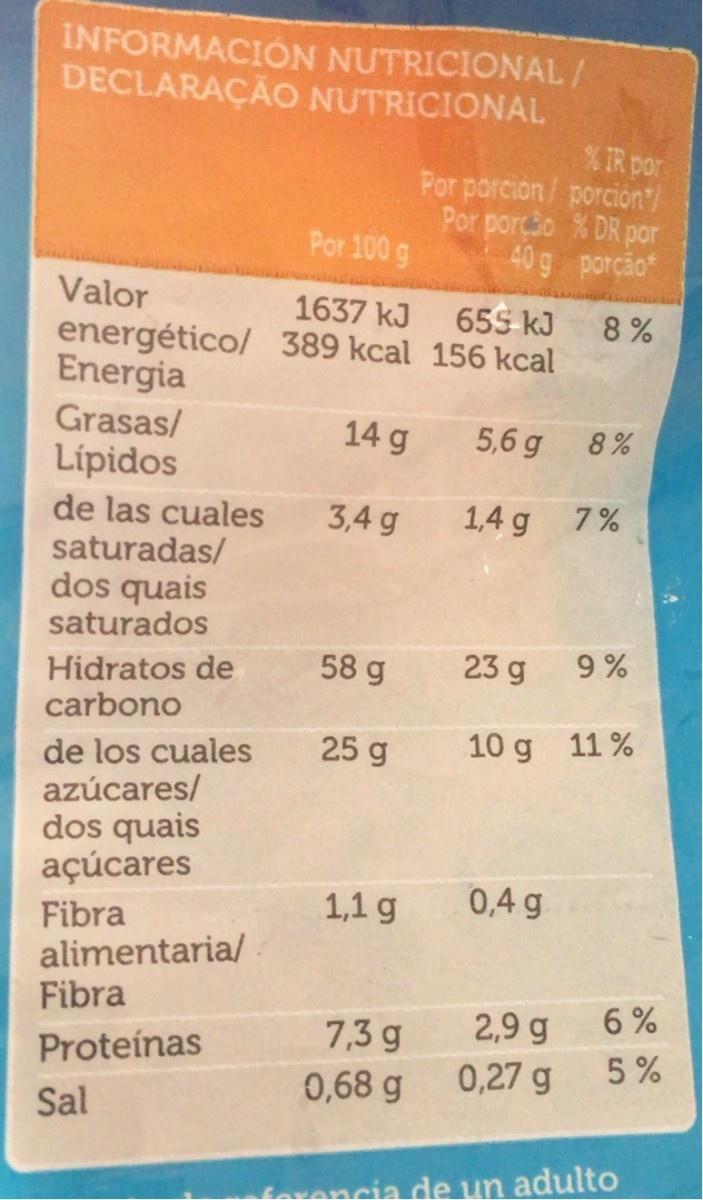
INFORMACIÓN NUTRICIONAL/ DECLARAÇÃO NUTRICIONAL
% TR por Por porción/ porción/ Por porcão % DR por 40 g porção
Por 100 g
Valor
1637 kJ energético/ 389 kcal 156 kcal
655 kJ
8%
Energia
Grasas/
14 g
5,6 g
8%
Lipidos
de las cuales saturadas/ dos quais saturados
3,4 g
1,4 g
7%
58 g
23 g
9%
Hidratos de carbono
25 g
10 g 11 %
de los cuales azúcares/ dos quais açúcares
1,1 g
0,4 g
Fibra alimentaria/ Fibra
2,9 g
6%
7,3 g
Proteínas
5%
0,68 g
0,27 g
Sal
Covencia de un adulto